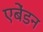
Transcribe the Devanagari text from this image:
एबेंडन